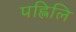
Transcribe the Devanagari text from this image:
पह्लिलि